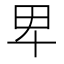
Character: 𤰞